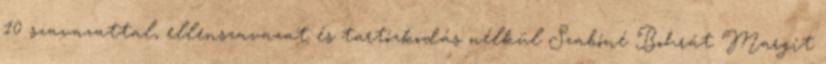
10 szavazattal, ellenszavazat és tartózkodás nélkül Szabóné Bohrát Margit